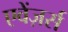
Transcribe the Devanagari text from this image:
एवेंज़र्स